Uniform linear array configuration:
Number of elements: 4
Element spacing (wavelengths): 0.75
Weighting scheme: uniform
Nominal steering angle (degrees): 0
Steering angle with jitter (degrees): -0.4055
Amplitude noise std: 0.05
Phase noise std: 0.05

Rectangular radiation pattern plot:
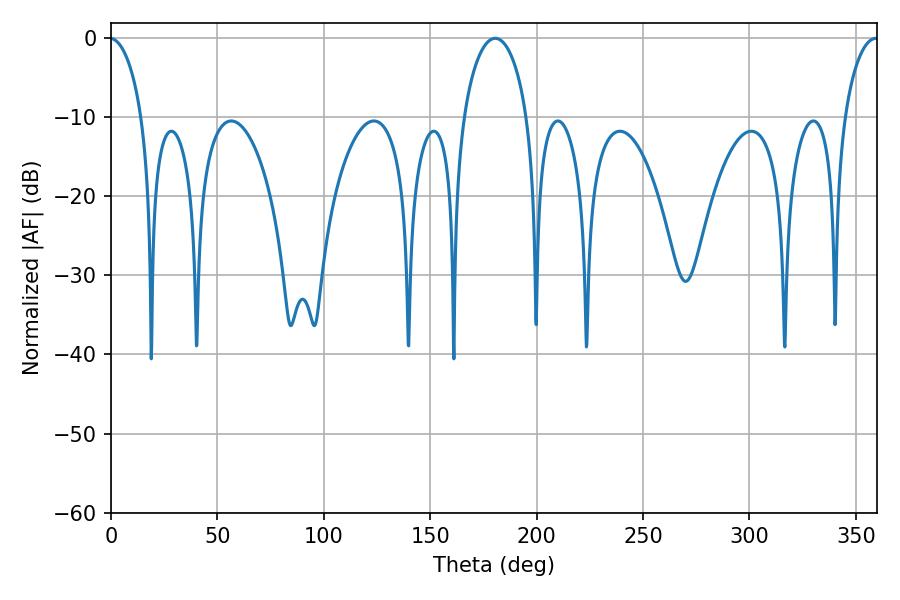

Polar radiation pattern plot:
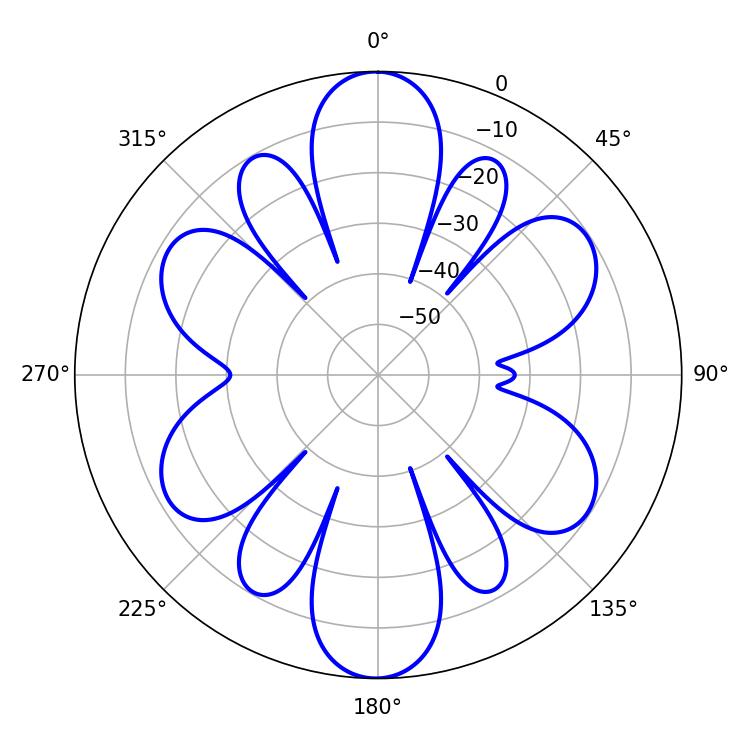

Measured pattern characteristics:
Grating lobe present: TRUE
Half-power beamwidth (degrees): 17.28
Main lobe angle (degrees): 180.54